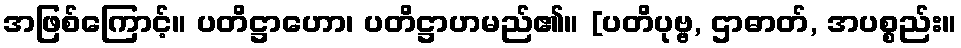
အဖြစ်ကြောင့်။ ပတိဋ္ဌာဟော၊ ပတိဋ္ဌာဟမည်၏။ [ပတိပုဗ္ဗ, ဌာဓာတ်, အပစ္စည်း။